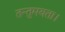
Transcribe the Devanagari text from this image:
तन्तुमयता।